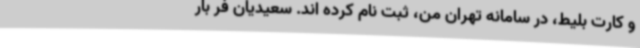
و کارت بلیط، در سامانه تهران من، ثبت نام کرده اند. سعیدیان فر بار